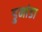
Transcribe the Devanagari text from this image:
डुमांडा